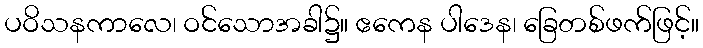
ပဝိသနကာလေ၊ ဝင်သောအခါ၌။ ဧကေန ပါဒေန၊ ခြေတစ်ဖက်ဖြင့်။